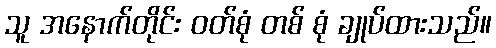
သူ အနောက်တိုင်း ဝတ်စုံ တစ် စုံ ချုပ်ထားသည်။